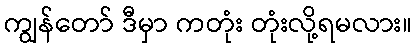
ကျွန်တော် ဒီမှာ ကတုံး တုံးလို့ရမလား။